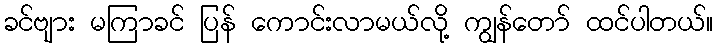
ခင်ဗျား မကြာခင် ပြန် ကောင်းလာမယ်လို့ ကျွန်တော် ထင်ပါတယ်။